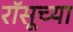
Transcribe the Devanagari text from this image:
रॉसूच्या